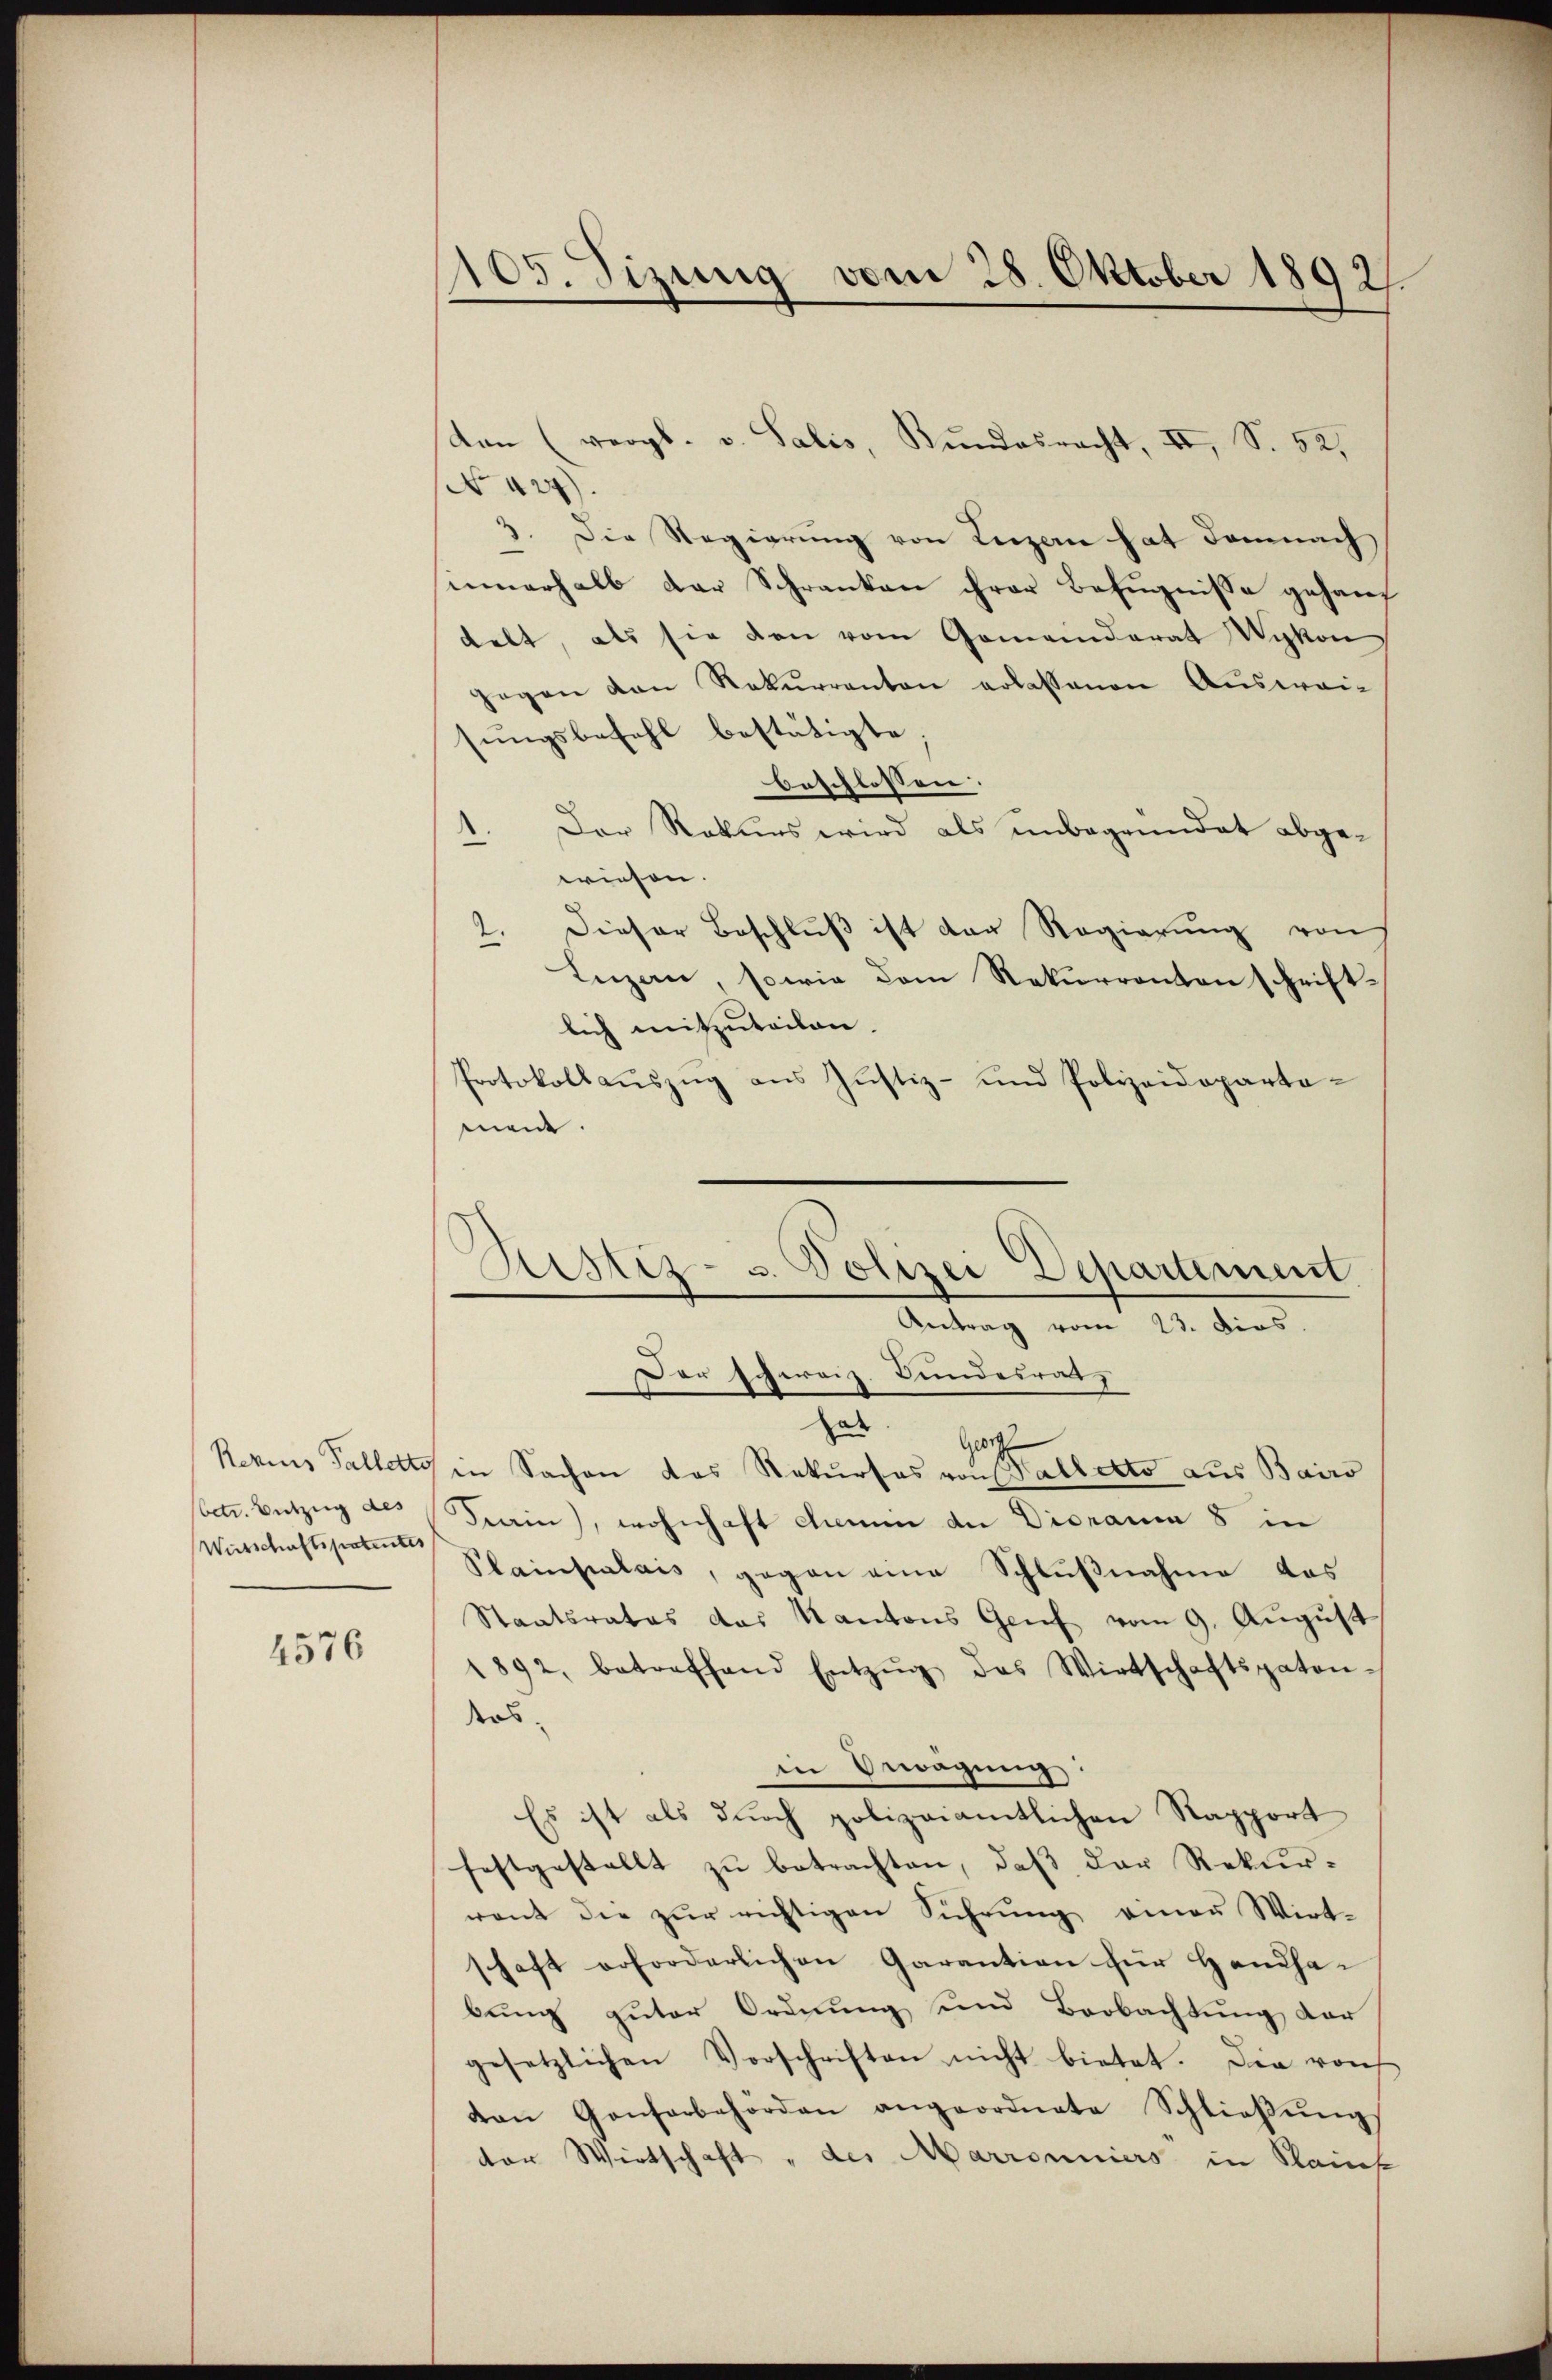
Wirtschaftspatentes

4576

105. Sizung vom 28. Oktober 1892.

ston (vergl. v. Salis, Bŭndesracht, II, S. 52,
No 424).
1. Die Regierung von Luzern hat demnach
2
innerhalb der Schranken ihrer Befugnisse gehauf
delt, als sie den vom Gemeinderat Wykon
gegen den Rekurrenten erlassenen Ausweisungsbefehl bestätigte
beschlossen:
1. Der Rekurs wird als unbegründet abgewiesen.
Dieser Beschlŭβ ist der Regierŭng von
2.
Luzern, sowie dem Rekurrenten schriftlich mitzuteilen.
Protokollauszug aus Justiz- und Polizeidepartomei.
zad
e
Rezius Fallette in Sachen das Rekurses von Palletto aus Bairo
betr. Entzug des Frain), wohnhaft chemin der Disraum 8 in
Plainpalais, gegen eine Schlußnahme das
Staatsrates das Kantons Genf vom 9. August
1892, betreffend Entzŭg des Wirtschaftspaten.
ders
in Bewägung:
Es ist als durch polizeiamtlichen Rapport
festgestellt zu betrachten, daß der Rekurront die zŭr richtigen Führŭng einer Wirt-
schaft erforderlichen Garantion für Handhabung guter Ordnung und Beobachtung, der
gesetzlichen Vorschriften nicht bietet. Die roh
von Gonforbehörden angeordnete Schlieβŭng
der Wirtschaft " des Marronniers in Saint

istiz- u. Polizei Departement
Antrag vom 23. Dies.
Der schweiz. Bundesrat